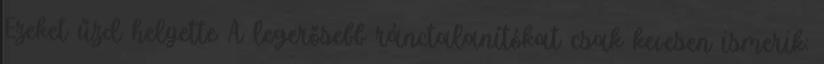
Ezeket űzd helyette A legerősebb ránctalanítókat csak kevesen ismerik: